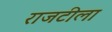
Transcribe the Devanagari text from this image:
राजटीला